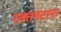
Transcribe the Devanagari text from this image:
रक्तगटाना